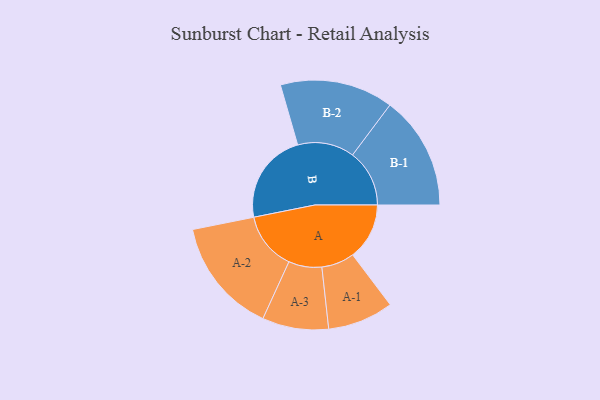
{"axis": {"x": "Segment", "y": "Value"}, "legend": ["", "A", "B"], "data": [{"x": "A", "y": 236, "type": ""}, {"x": "B", "y": 380, "type": ""}, {"x": "A-1", "y": 137, "type": "A"}, {"x": "A-2", "y": 241, "type": "A"}, {"x": "A-3", "y": 138, "type": "A"}, {"x": "B-1", "y": 237, "type": "B"}, {"x": "B-2", "y": 236, "type": "B"}]}